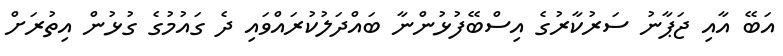
އަބޭ އާއި ޖަޕާނު ސަރުކާރުގެ އިސްބޭފުޅުންނާ ބައްދަލުކުރައްވައި ދެ ގައުމުގެ ގުޅުން އިތުރަށް